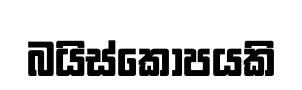
බයිස්කෝපයකි